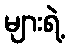
များရဲ့